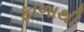
ફાળાથી